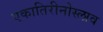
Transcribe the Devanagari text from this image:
एकातिरीनोस्लाव